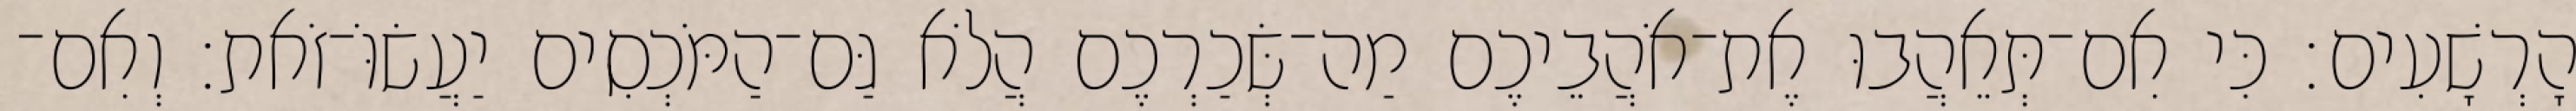
הָרְשָׁעִים׃ כִּי אִם־תְּאֵהֲבוּ אֶת־אֹהֲבֵיכֶם מַה־שְּׂכַרְכֶם הֲלֹא גַּם־הַמֹּכְסִים יַעֲשׂוֹּ־זֹאת׃ וְאִם־